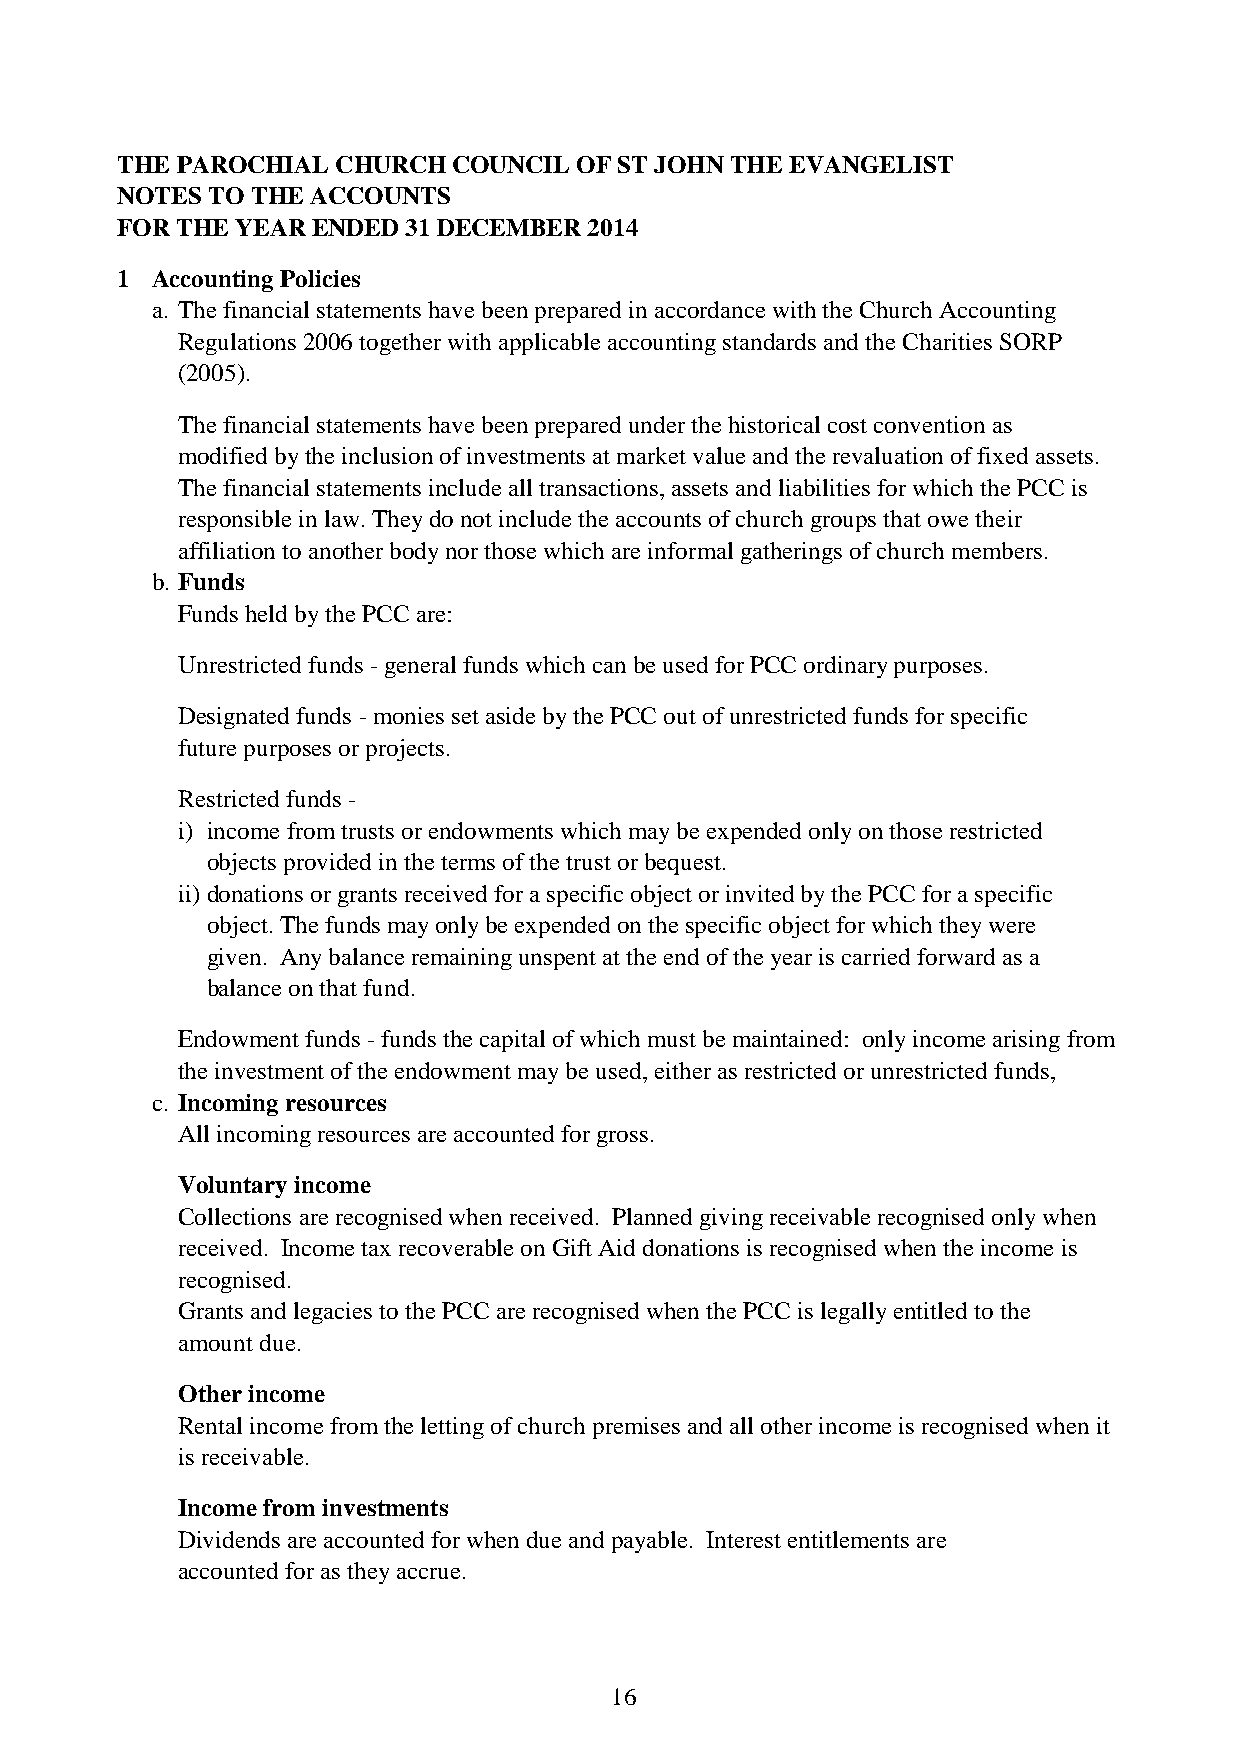
THE PAROCHIAL CHURCH  COUNCIL OF ST JOHN THE EVANGELIST
 NOTES TO THE ACCOUNTS
 FOR THE YEAR ENDED 31 DECEMBER 2014
 1 Accounting Policies
 a. The financial statements have been prepared in accordance with the Church Accounting
 Regulations 2006 together with applicable accounting standards and the Charities SORP
 (2005).
 The financial statements have been prepared under the historical cost convention as
 modified by the inclusion of investments at market value and the revaluation of fixed assets.
 The financial statements include all transactions, assets and liabilities for which the PCC is
 responsible in law. They do not include the accounts of church groups that owe their
 affiliation to another body nor those which are informal gatherings of church members.
 b. Funds
 Funds held by the PCC are:
 Unrestricted funds - general funds which can be used for PCC ordinary purposes.
 Designated funds - monies set aside by the PCC out of unrestricted funds for specific
 future purposes or projects.
 Restricted funds -
 i) income from trusts or endowments which may be expended only on those restricted
 objects provided in the terms of the trust or bequest.
 ii)donations or grants received for a specific object or invited by the PCC for a specific
 object. The funds may only be expended on the specific object for which they were
 given. Any balance remaining unspent at the end of the year is carried forward as a
 balance on that fund.
 Endowment funds - funds the capital of which must be maintained: only income arising from
 the investment of the endowment may be used, either as restricted or unrestricted funds,
 c. Incoming resources
 All incoming resources are accounted for gross.
 Voluntary income
 Collections are recognised when received. Planned giving receivable recognised only when
 received. Income tax recoverable on Gift Aid donations is recognised when the income is
 recognised.
 Grants and legacies to the PCC are recognised when the PCC is legally entitled to the
 amount due.
 Other income
 Rental income from the letting of church premises and all other income is recognised when it
 is receivable.
 Income from investments
 Dividends are accounted for when due and payable. Interest entitlements are
 accounted for as they accrue.
 16